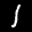
Label: 1